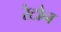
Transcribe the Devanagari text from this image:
रेटोन